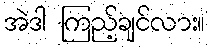
အဲဒါ ကြည့်ချင်လား။